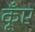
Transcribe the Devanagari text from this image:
कूँए